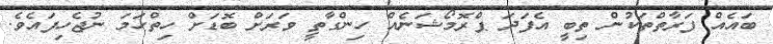
ބައެއް ފަރާތްތަކުން ތިބީ އެފަދަ ޕްރޮމޯޝަނެއް ހިންގާތީ ވަރަށް ބޮޑަށް ހިތްހަމަ ނުޖެހިފައެވެ.